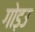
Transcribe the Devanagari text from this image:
गोड़उ